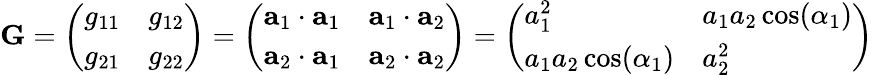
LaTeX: \mathbf{G}={\left(\begin{array}{ll}{g_{11}}&{g_{12}}\\ {g_{21}}&{g_{22}}\end{array}\right)}={\left(\begin{array}{ll}{\mathbf{a}_{1}\cdot\mathbf{a}_{1}}&{\mathbf{a}_{1}\cdot\mathbf{a}_{2}}\\ {\mathbf{a}_{2}\cdot\mathbf{a}_{1}}&{\mathbf{a}_{2}\cdot\mathbf{a}_{2}}\end{array}\right)}={\left(\begin{array}{ll}{a_{1}^{2}}&{a_{1}a_{2}\cos(\alpha_{1})}\\ {a_{1}a_{2}\cos(\alpha_{1})}&{a_{2}^{2}}\end{array}\right)}